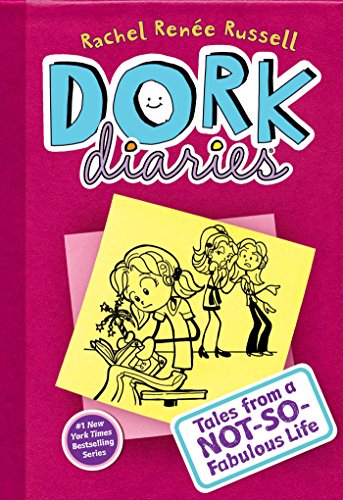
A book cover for Dork Diaries 1: Tales from a Not-So-Fabulous Life; Rachel RenÃ©e Russell; Children's Books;